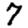
Digit: 7